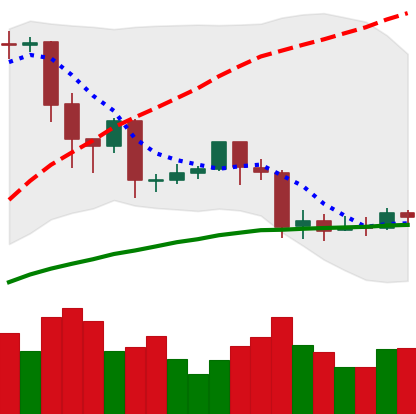
Ticker: EOS-USD
Chart end date: 2020-03-03
Forward return: -15.502%
Label: down_7plus